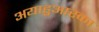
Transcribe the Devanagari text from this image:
अयाहुआस्का